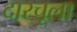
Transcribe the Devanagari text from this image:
दारचूला